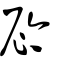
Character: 𫢩